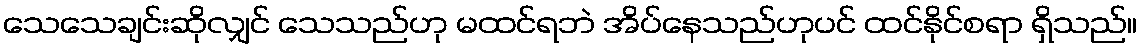
သေသေချင်းဆိုလျှင် သေသည်ဟု မထင်ရဘဲ အိပ်နေသည်ဟုပင် ထင်နိုင်စရာ ရှိသည်။